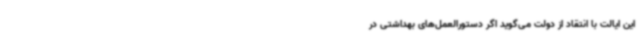
این ایالت با انتقاد از دولت می‌گوید اگر دستورالعمل‌های بهداشتی در